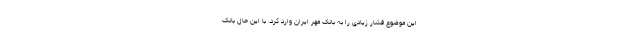
این موضوع فشار زیادی را به بانک مهر ایران وارد کرد. با این حال بانک